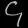
Digit: ၄